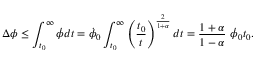
\Delta \phi \leq \int _ { t _ { 0 } } ^ { \infty } \dot { \phi } d t = \dot { \phi } _ { 0 } \int _ { t _ { 0 } } ^ { \infty } \left( { \frac { t _ { 0 } } { t } } \right) ^ { \frac { 2 } { 1 + \alpha } } d t = { \frac { 1 + \alpha } { 1 - \alpha } } ~ \dot { \phi } _ { 0 } t _ { 0 } .